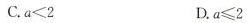
C.$$a < 2$$ $$D < 2$$